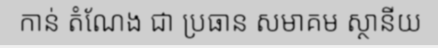
កាន់ តំណែង ជា ប្រធាន សមាគម ស្ថានីយ